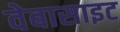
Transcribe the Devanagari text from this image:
वेबासाइट